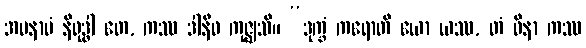
အမနာပံ နိရုဒ္ဓါ တေ, ကဿ ဒါနီဓ ကုဇ္ဈသိ။ “ဒုက္ခံ ကရောတိ ယော ယဿ, တံ ဝိနာ ကဿ